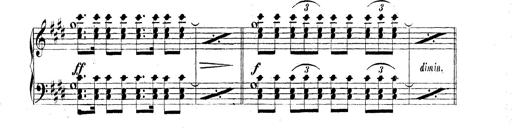
Title: Technische Studien
Composer: Franz Liszt